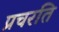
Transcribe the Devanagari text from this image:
प्रचरति